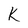
Character: K